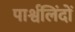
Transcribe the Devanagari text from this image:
पार्श्वलिंदों